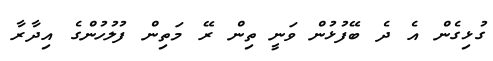
ގުޅިގެން އެ ދެ ބޭފުޅުން ވަނީ ތިން ރޭ މަތިން ފުލުހުންގެ އިދާރާ